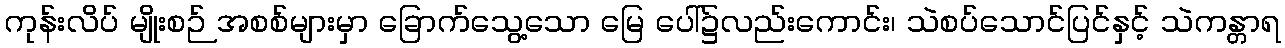
ကုန်းလိပ် မျိုးစဉ် အစစ်များမှာ ခြောက်သွေ့သော မြေ ပေါ်၌လည်းကောင်း၊ သဲစပ်သောင်ပြင်နှင့် သဲကန္တာရ